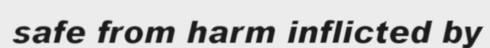
safe from harm inflicted by